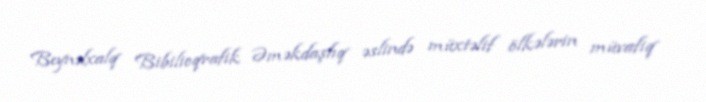
Beynəlxalq Bibilioqrafik Əməkdaşlıq əslində müxtəlif ölkələrin müvafiq